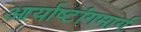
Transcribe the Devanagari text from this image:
आर्याष्टांगमार्ग